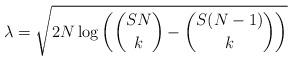
LaTeX: \begin{align*} \lambda=\sqrt{2N \log \left( \binom{SN}{k}-\binom{S(N-1)}{k} \right) }\end{align*}